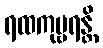
ရထကုဗ္ဗရန္တိ